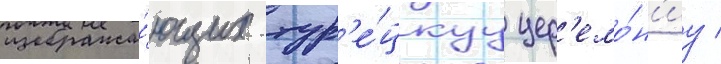
изобража́ющих тур'е́цкуу цер'емо́н'иу /